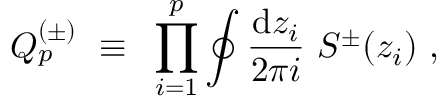
Q _ { p } ^ { ( \pm ) } { } ~ \equiv { } ~ \prod _ { i = 1 } ^ { p } \oint { \frac { \mathrm { d } z _ { i } } { 2 \pi i } } { } ~ { S ^ { \pm } } ( z _ { i } ) { } ~ ,